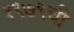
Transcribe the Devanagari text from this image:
१९७९ची